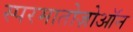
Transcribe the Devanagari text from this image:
स्परमातोज़ोऑन